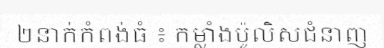
២នាក់កំពង់ធំ ៖ កម្លាំងប៉ូលិសជំនាញ